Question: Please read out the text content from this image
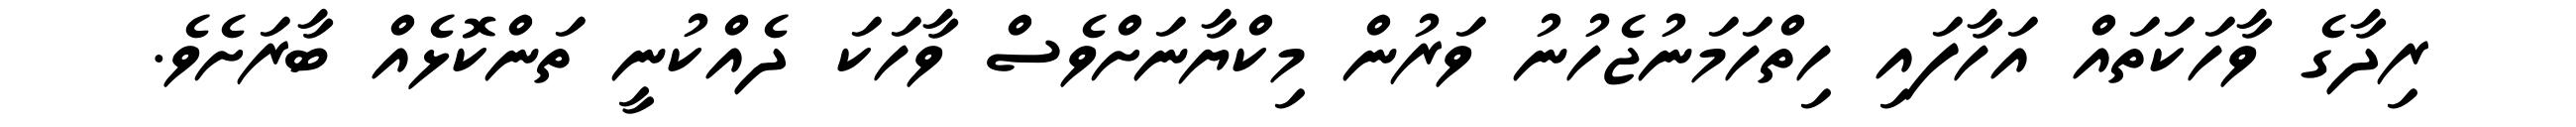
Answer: ރިދާގެ ވާހަކަތައް އަހާފައި ހިތްހަމަނުޖެހުނު ވަރުން މިކްޔާނަށްވެސް ވާހަކަ ދެއްކުނީ ތަންކޮޅެއް ބާރަށެވެ.